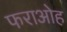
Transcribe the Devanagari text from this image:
फराओह